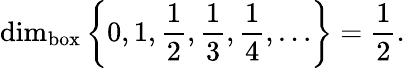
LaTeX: \dim_{\operatorname{box}}\left\{ 0,1,{\frac{1}{2}},{\frac{1}{3}},{\frac{1}{4}},\ldots\right\} ={\frac{1}{2}}.